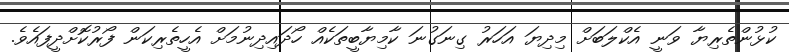
ކުޅުންތެރިޔާ ވަނީ އެކްލަބަށް މިދިޔަ އަހަރު ގިނަގުނަ ކާމިޔާބީތަކެއް ހޯދައިދިނުމަށް އެހީތެރިކަން ފޯރުކޮށްދީފައެވެ.